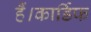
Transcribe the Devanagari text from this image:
हैं।कार्डिफ